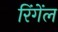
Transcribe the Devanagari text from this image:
रिंगेंल